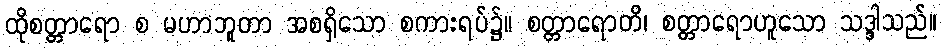
ထိုစတ္တာရော စ မဟာဘူတာ အစရှိသော စကားရပ်၌။ စတ္တာရောတိ၊ စတ္တာရောဟူသော သဒ္ဒါသည်။